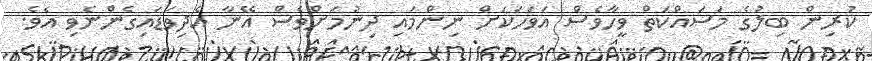
ކުރިން ބިލުގެ މަސައްކަތް ވީހާވެސް އަވަހަކަށް ނިންމައި ދިނުމަށްވެސް އޭނާ އެދިވަޑައިގެންނެވި އެވެ.